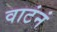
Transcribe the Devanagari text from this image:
वाटंनं